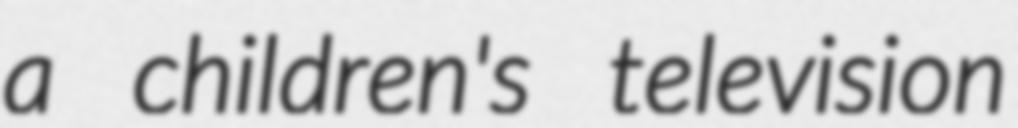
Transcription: a children's television